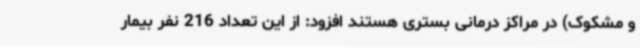
و مشکوک) در مراکز درمانی بستری هستند افزود: از این تعداد 216 نفر بیمار